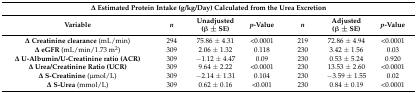
<table><thead><tr><td colspan="7"><b>Δ Estimated Protein Intake (g/kg/Day) Calculated from the Urea Excretion</b></td></tr><tr><td><b>Variable</b></td><td><b><i>n</i></b></td><td><b>Unadjusted (β ± SE)</b></td><td><b><i>p</i>-Value</b></td><td><b><i>n</i></b></td><td><b>Adjusted (β ± SE)</b></td><td><b><i>p</i>-Value</b></td></tr></thead><tbody><tr><td><b>Δ Creatinine clearance</b> (mL/min)</td><td>294</td><td>75.86 ± 4.31</td><td>&lt;0.0001</td><td>219</td><td>72.86 ± 4.94</td><td>&lt;0.0001</td></tr><tr><td><b>Δ</b><b>eGFR</b> (mL/min/1.73 m<sup>2</sup>)</td><td>309</td><td>2.06 ± 1.32</td><td>0.118</td><td>230</td><td>3.42 ± 1.56</td><td>0.03</td></tr><tr><td><b>Δ U-Albumin/U-Creatinine ratio (ACR)</b></td><td>309</td><td>−1.12 ± 4.47</td><td>0.09</td><td>230</td><td>0.53 ± 5.24</td><td>0.920</td></tr><tr><td><b>Δ Urea/Creatinine Ratio (UCR)</b></td><td>309</td><td>9.64 ± 2.22</td><td>&lt;0.0001</td><td>230</td><td>13.53 ± 2.60</td><td>&lt;0.0001</td></tr><tr><td><b>Δ S-Creatinine</b> (μmol/L)</td><td>309</td><td>−2.14 ± 1.31</td><td>0.104</td><td>230</td><td>−3.59 ± 1.55</td><td>0.02</td></tr><tr><td><b>Δ S-Urea</b> (mmol/L)</td><td>309</td><td>0.62 ± 0.16</td><td>&lt;0.001</td><td>230</td><td>0.84 ± 0.19</td><td>&lt;0.0001</td></tr></tbody></table>